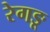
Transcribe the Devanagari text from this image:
रेगङू